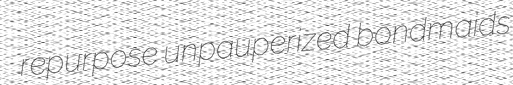
repurpose unpauperized bondmaids